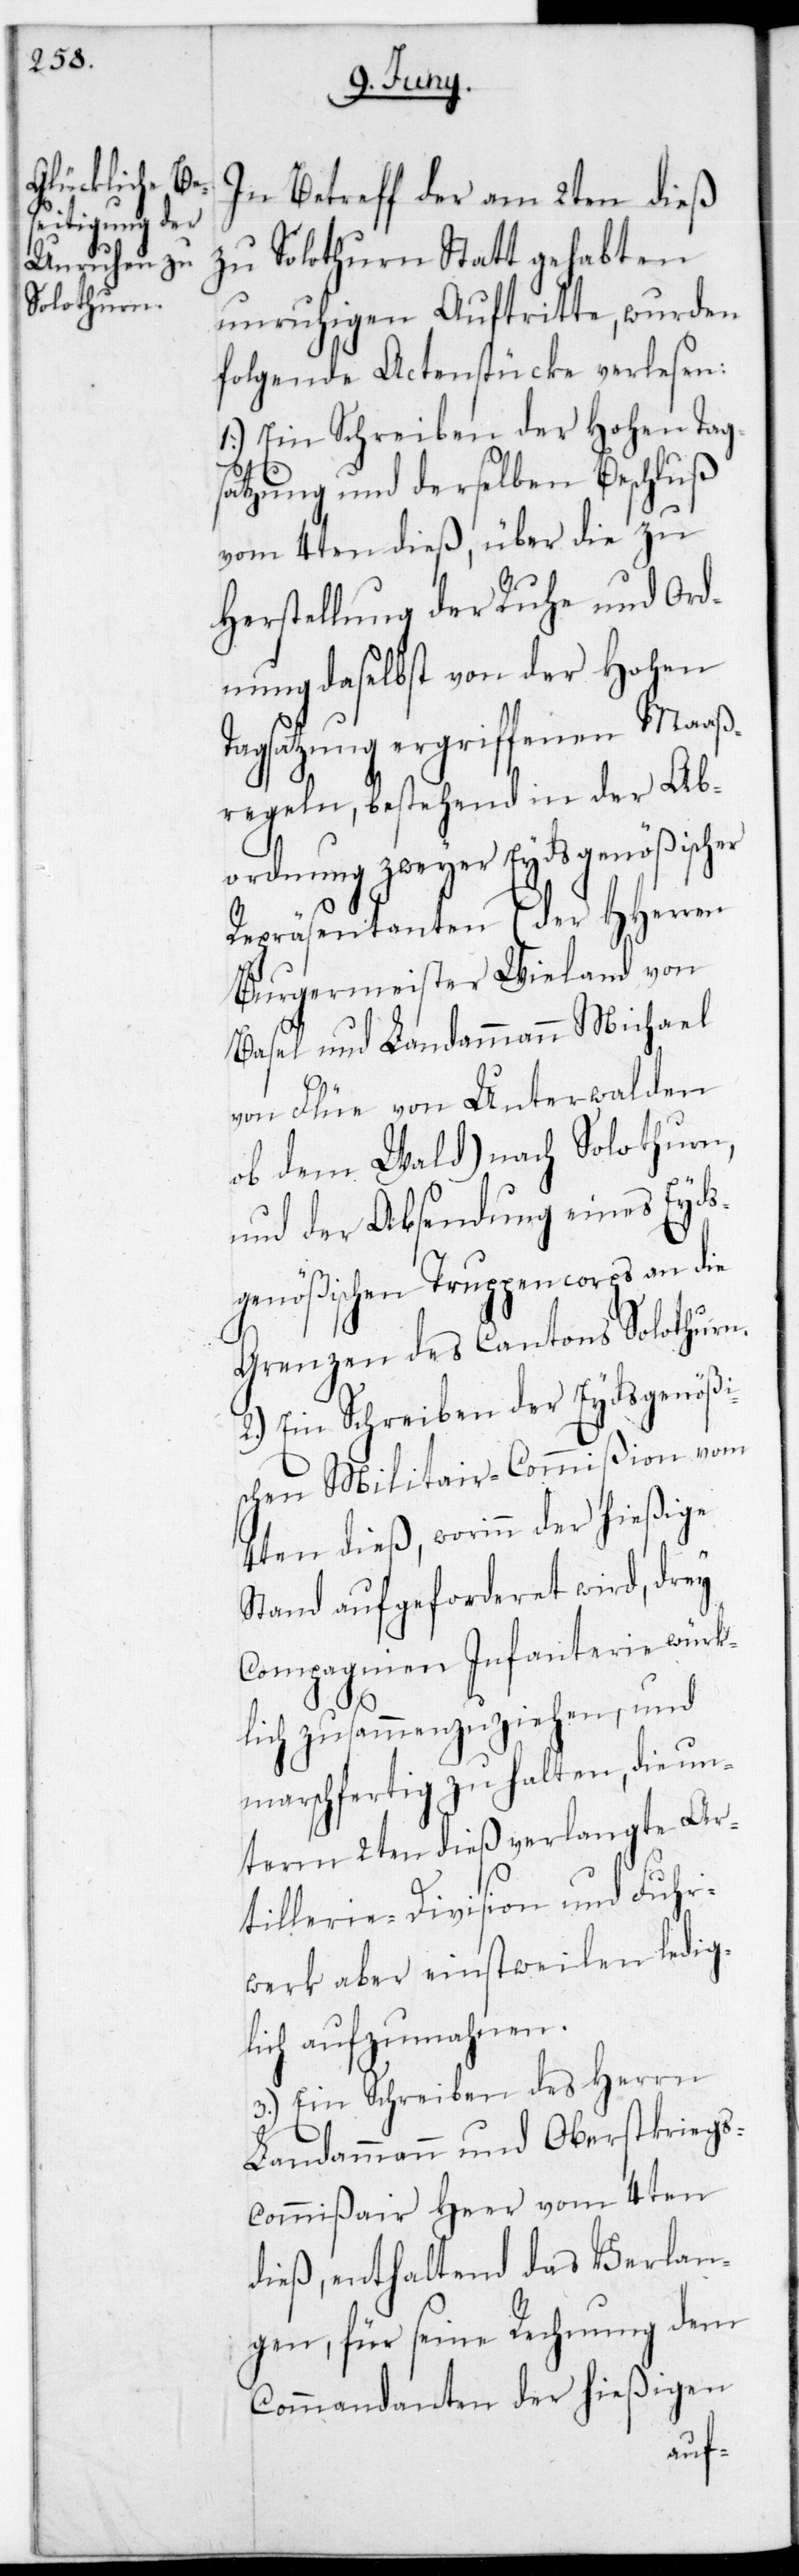
In Betreff der am 2ten dieß
zu Solothurn stattgehabten
unruhigen Auftritte, wurden
folgende Actenstücke verlesen:
1.) Ein Schreiben der Hohen Tag¬
satzung und derselben Beschluß
vom 4ten dieß, über die zu
Herstellung der Ruhe und Ord¬
nung daselbst von der Hohen
Tagsatzung ergriffenen Maaß¬
regeln, bestehend in der Ab¬
ordnung zweier Eydsgenößischer
Repräsentanten (der HHerren
Burgermeister Wieland von
Basel und Landammann Michael
von Flüe von Unterwalden
ob dem Wald) nach Solothurn,
und der Absendung eines Eyds¬
genößischen Truppencorps an die
Grenzen des Cantons Solothurn.
2.) Ein Schreiben der Eydsgenößi¬
schen Militar-Commißion vom
4ten dieß, worinn der hießige
Stand aufgeforderet wird, drey
Compagnien Infanterie würk¬
lich zusammenzuziehen, und
marschfertig zu halten, die un¬
term 2ten dieß verlangte Ar¬
tillerie-Division und Fuhr¬
werk aber einstweilen ledig¬
lich aufzumahnen.
3.) Ein Schreiben des Herrn
Landammann und Oberstkriegs¬
commißair Heer vom 4ten
dieß, enthaltend das Verlan¬
gen, für seine Rechnung dem
Commandanten der hießigen